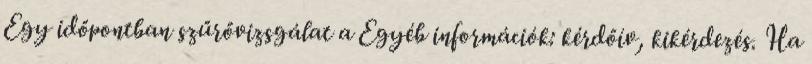
Egy időpontban szűrővizsgálat a Egyéb információk: kérdőív, kikérdezés. Ha